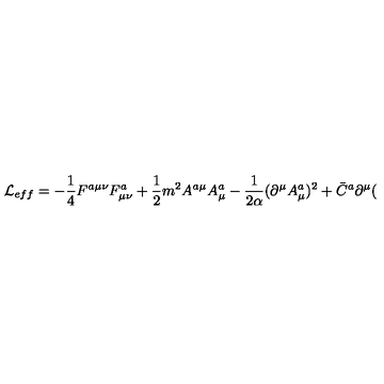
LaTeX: { \cal L } _ { e f f } = - \frac 1 4 F ^ { a \mu \nu } F _ { \mu \nu } ^ { a } + \frac 1 2 m ^ { 2 } A ^ { a \mu } A _ { \mu } ^ { a } - \frac 1 { 2 \alpha } ( \partial ^ { \mu } A _ { \mu } ^ { a } ) ^ { 2 } + \bar { C } ^ { a } \partial ^ { \mu } (